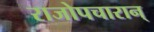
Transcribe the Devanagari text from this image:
राजोपचारान्